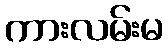
ကားလမ်းမ